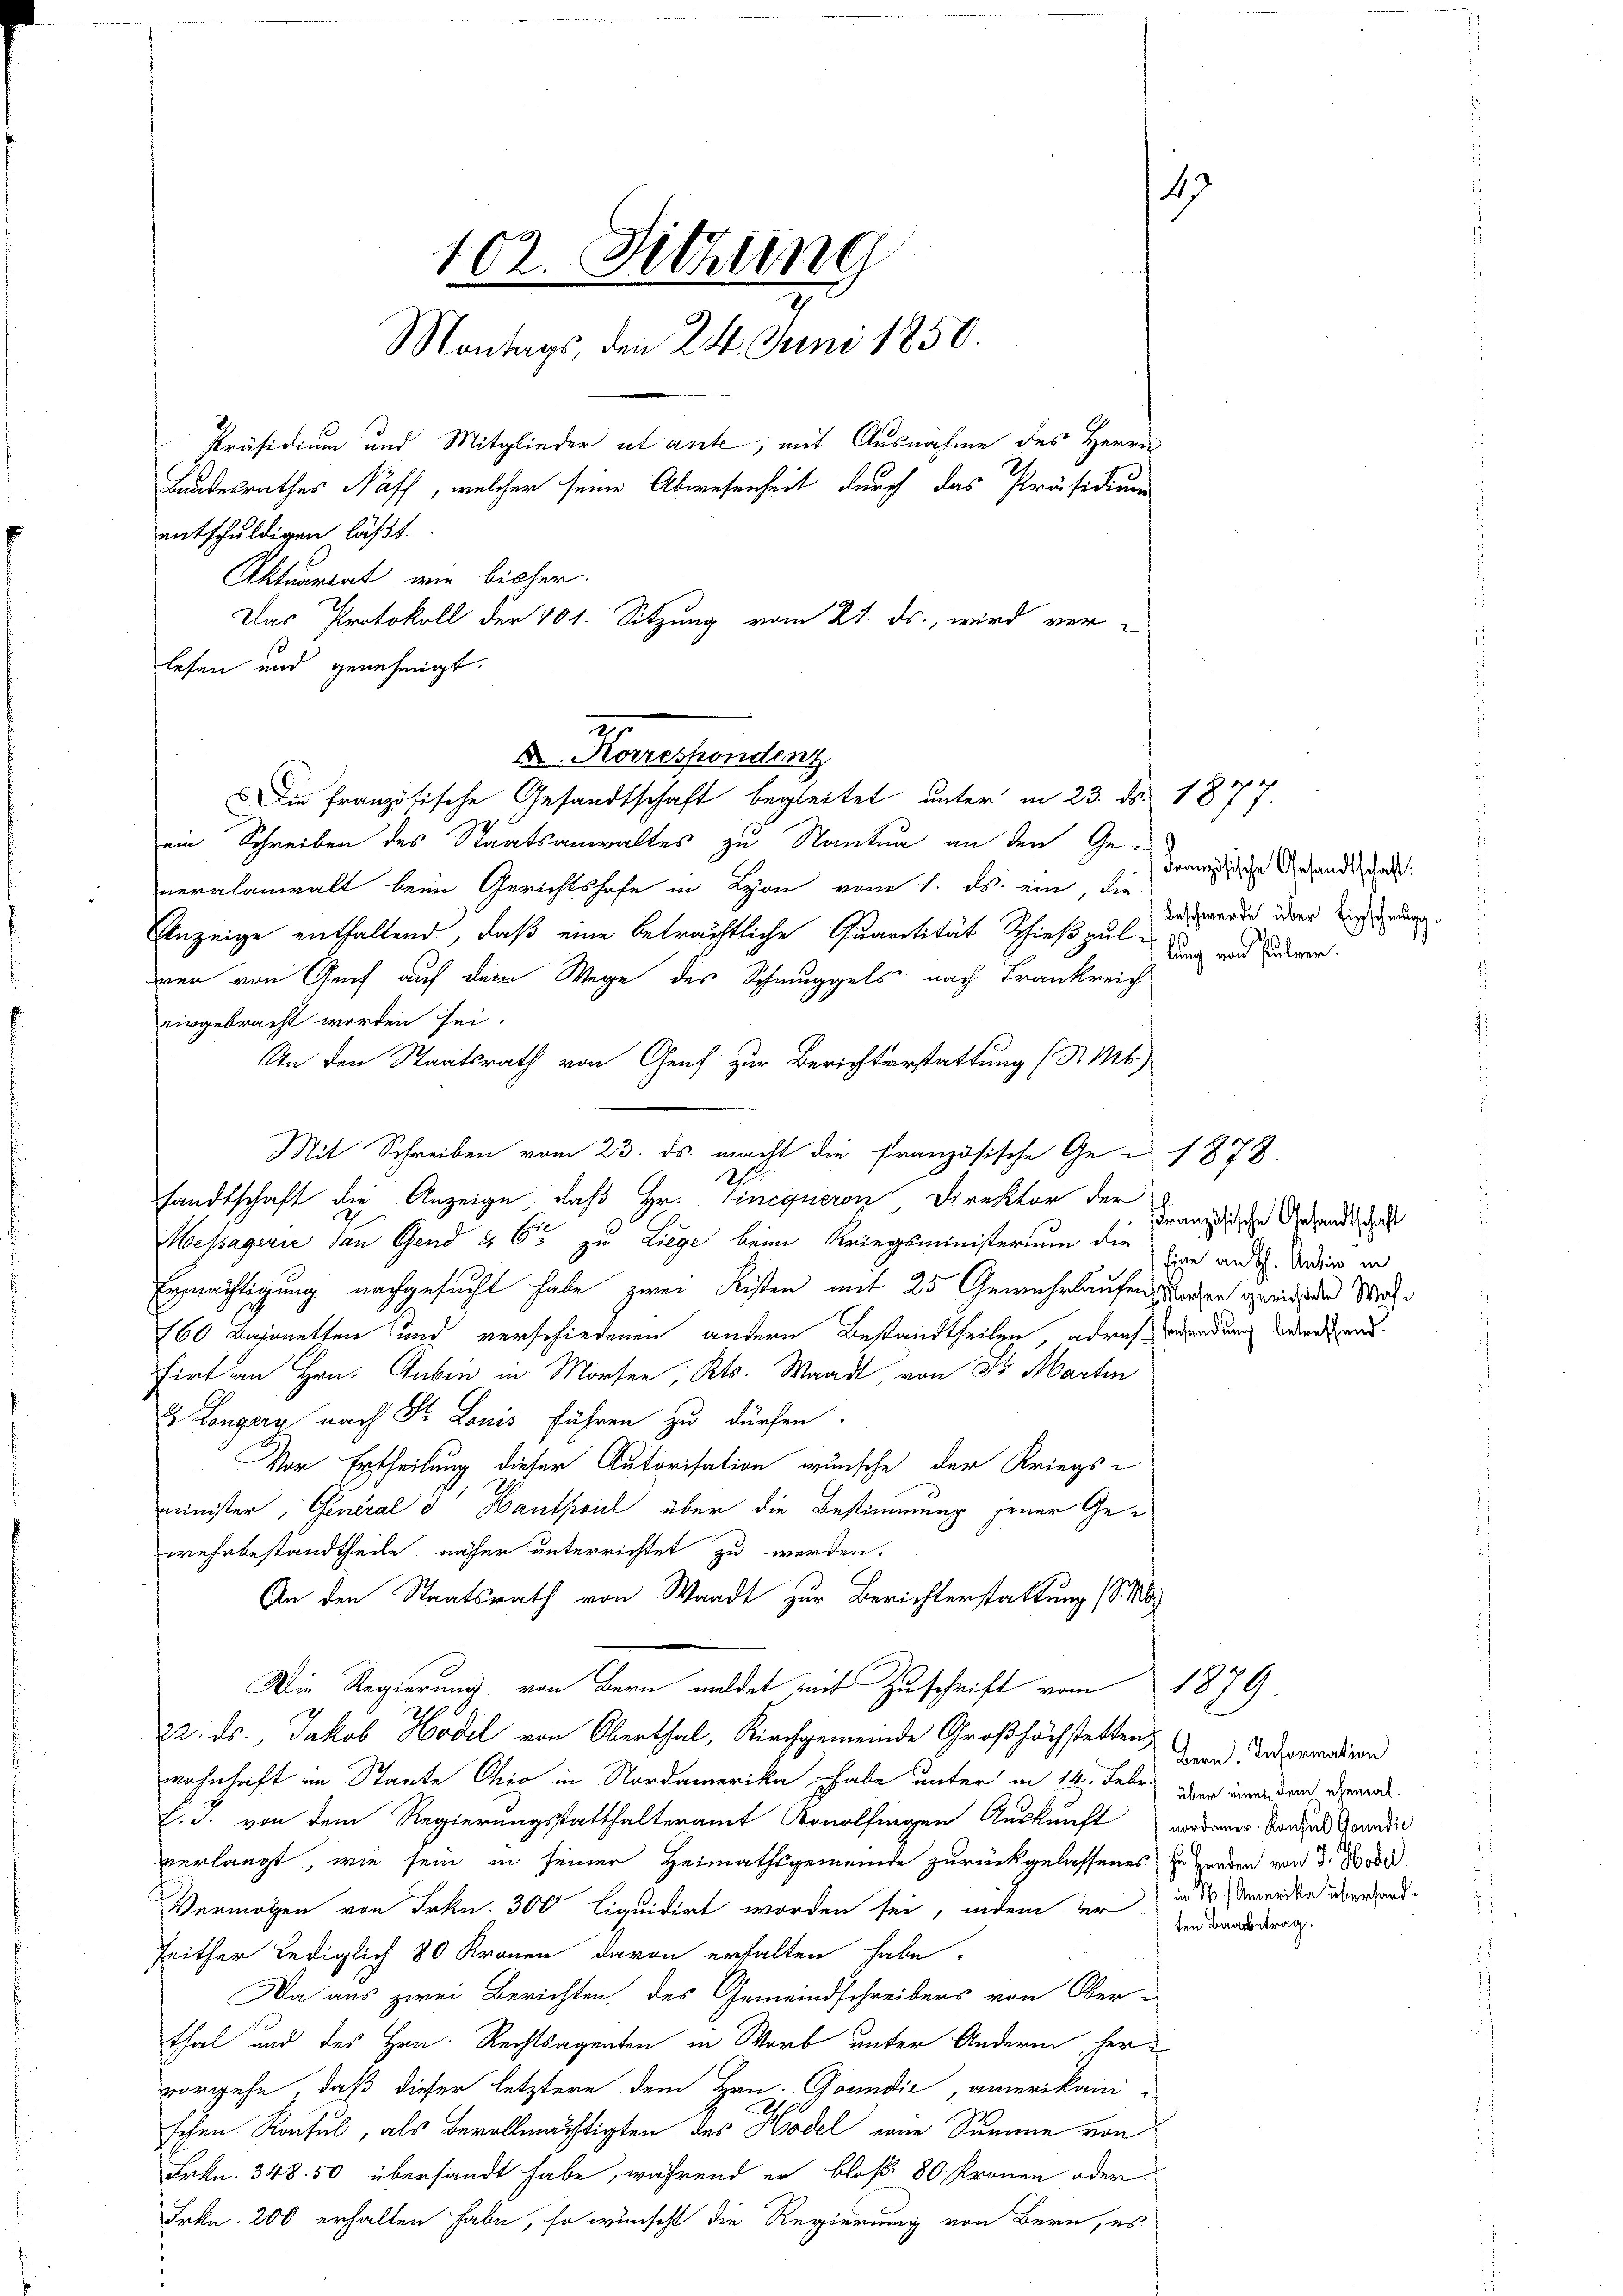
19
102. Sitzung
Montags, den 24. Juni 1850.
Präsidium und Mitglieder ut aute, mit Ausnahme des Herrn
Landesrathes Naff, welcher seine Abwesenheit durch das Präsidium
entschuldigen läßt.
Aktuariat, wie bisher.
Das Protokoll der 401. Sitzung vom 21. ds., wird ver-
lesen und genehmigt.

A. Korrespondenz
ein Schreiben des Staatsanwaltes zu Nantum an den Ge-
neralanwalt beim Gerichtshofe in Lyon vom 1. ds. ein, die
Anzeige enthaltend, daß eine beträchtliche Quantität Schießpul-
ner von Genf auf dem Wege des Schmuggels nach Frankreich
eingebracht worden sei.
An den Staatsrath von Genf zur Berichterstattung (S. M.
Mit Schreiben vom 23. ds. macht die Französische Ge- 1878.
sandtschaft die Anzeige, daß Hr. Vincqueron Direktor der
Messagerie dan Gend § 65 zu Liege beim Kriegsministerium die Ein and. Soden in
Ermächtigung nachgesucht habe zwei Leisten mit 25 Gewehrlaufen worden gereichen We
160 Bajonetten und verschiedenen andern Bestandtheilen, adrich wendung der and
firt an Hrn. Gubin in Morfen, Kts. Waadt, von 3 Martin
2 Longery nach Dr Louis führen zu dürfen.
Vor Ertheilung dieser Autorisation wünsche der Kriegs-
minister, General d Hantheil über die Bestimmung jener Gewehrbestandtheile, näher unterrichtet zu werden.
An den Staatsrath von Waadt zur Berichterstattung (S.
Die Regierung von Bern meldet mit Zuschrift vom 1879.
22. ds., Jakob Hödel von Oberthal, Kirchgemeinde Großhöchstetten,
wohnhaft im Staate Chio in Nordamerika habe unter in 14. Febr. Der unreden demna
C. J. von dem Regierungsstatthalteramt Konolfingen Auskunft anderer. Sondes Goundis
verlangt, wie sein in seiner Heimathsgemeinde zurückgelassenes zu Handen von d. Bod
Vermögen von Frkn. 300 liquidirt worden sei, indem er
Zeither lediglich 80 Kronen davon erhalten habe.
Da aus zwei Berichten des Gemeindschreibers von Oberthal und des Hrn. Rechtsagenten in Worb unter Andere heru
vorgehe, daß dieser letztere dem Hrn. Gondić, amerikani-
0
schen Ronsul, als Bevollmächtigten des Hodel eine Summe von
Frkn. 348. 50 übersandt habe, während er bloß 80. Kronen oder
Frkn. 200 erhalten habe, so wünscht die Regierung von Bern, es

2

Die französische Gesandtschaft begleitet unter in 23. d. 1877.

Französische Gesandtschaft:
Beschwerde über Einschmugglung von Pulver.

Französische Gesandtschaft

Bern. Information
in N. / Amerika überhandten Baarbetrag.